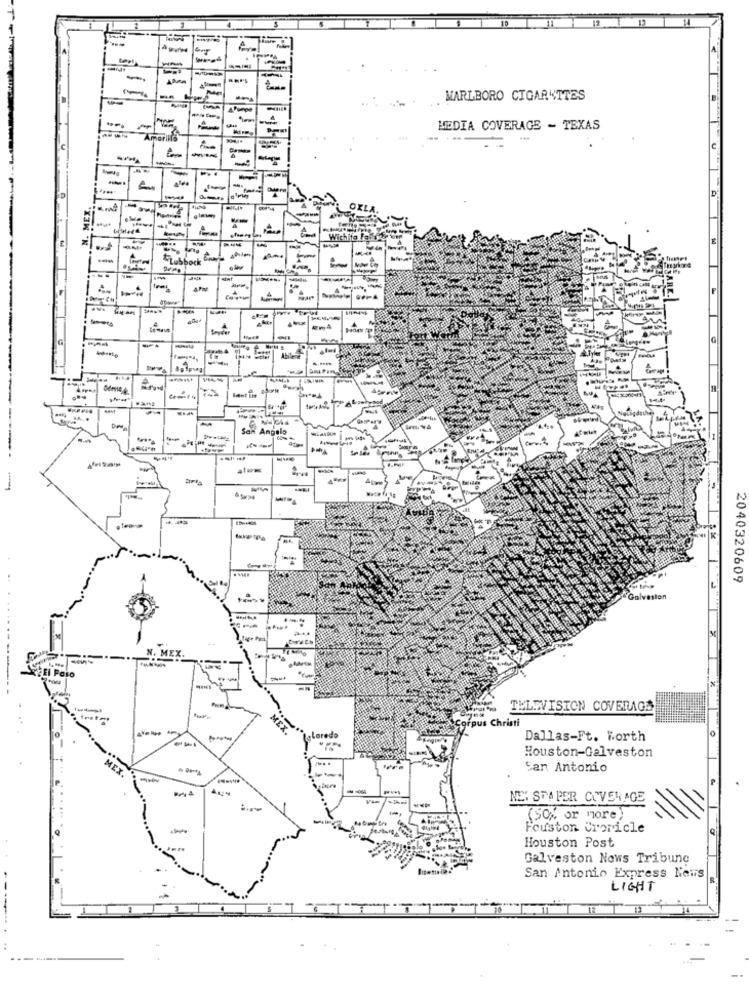
-
MARLBORO CIGARETTES
APerpe
-
-
MEDIA COVERAGE - TEXAS
Amarillo
-
-
-
-
N. MEX.
-
Wichita F
*Lubbock
-
4
Abilene
-
Fant ine
San Angelo
-
2040320609
aston
TELEVISION COVERAGE
grpus Christi
MEX.
LaLaredo
Dallas-Ft. Forth
Houston-Galveston
MEX.
San Antonio
NE: STAPER COVERAGE
(50% or more)
Fouston Croricle
Houston Post
Galveston Nows Tribune
San Antonio Express News
LIGHT